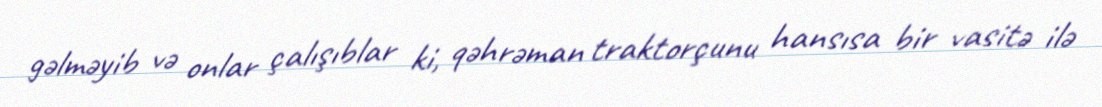
gəlməyib və onlar çalışıblar ki, qəhrəman traktorçunu hansısa bir vasitə ilə